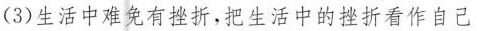
(3)生活中难免有挫折，把生活中的挫折看作自己